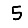
Digit: 5